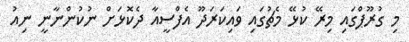
މި ގުރޫޕްގައި މިރޭ ކުޅޭ މެޗުގައި ވައިކަރަދޫ އެފްސީއާ ދެކޮޅަށް ނުކުންނާނީ ނިއު